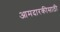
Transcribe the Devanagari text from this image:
आमदारकीसाठी